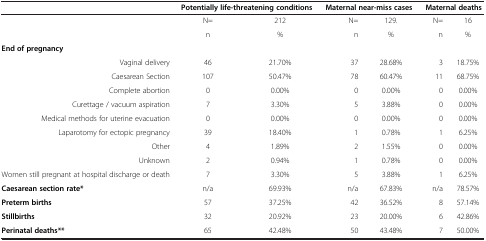
|  | <COLSPAN=2> Potentially life-threatening conditions | <COLSPAN=2> Maternal near-miss cases | <COLSPAN=2> Maternal deaths |
 | --- | --- | --- | --- | --- | --- | --- |
 |  | N= | 212 | N= | 129. | N= | 16 |
 |  | n | % | n | % | n | % |
 | End of pregnancy |  |  |  |  |  |  |
 | Vaginal delivery | 46 | 21.70% | 37 | 28.68% | 3 | 18.75% |
 | Caesarean Section | 107 | 50.47% | 78 | 60.47% | 11 | 68.75% |
 | Complete abortion | 0 | 0.00% | 0 | 0.00% | 0 | 0.00% |
 | Curettage / vacuum aspiration | 7 | 3.30% | 5 | 3.88% | 0 | 0.00% |
 | Medical methods for uterine evacuation | 0 | 0.00% | 0 | 0.00% | 0 | 0.00% |
 | Laparotomy for ectopic pregnancy | 39 | 18.40% | 1 | 0.78% | 1 | 6.25% |
 | Other | 4 | 1.89% | 2 | 1.55% | 0 | 0.00% |
 | Unknown | 2 | 0.94% | 1 | 0.78% | 0 | 0.00% |
 | Women still pregnant at hospital discharge or death | 7 | 3.30% | 5 | 3.88% | 1 | 6.25% |
 | Caesarean section rate* | n/a | 69.93% | n/a | 67.83% | n/a | 78.57% |
 | Preterm births | 57 | 37.25% | 42 | 36.52% | 8 | 57.14% |
 | Stillbirths | 32 | 20.92% | 23 | 20.00% | 6 | 42.86% |
 | Perinatal deaths** | 65 | 42.48% | 50 | 43.48% | 7 | 50.00% |